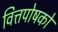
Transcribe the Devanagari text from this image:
वित्तपोषको